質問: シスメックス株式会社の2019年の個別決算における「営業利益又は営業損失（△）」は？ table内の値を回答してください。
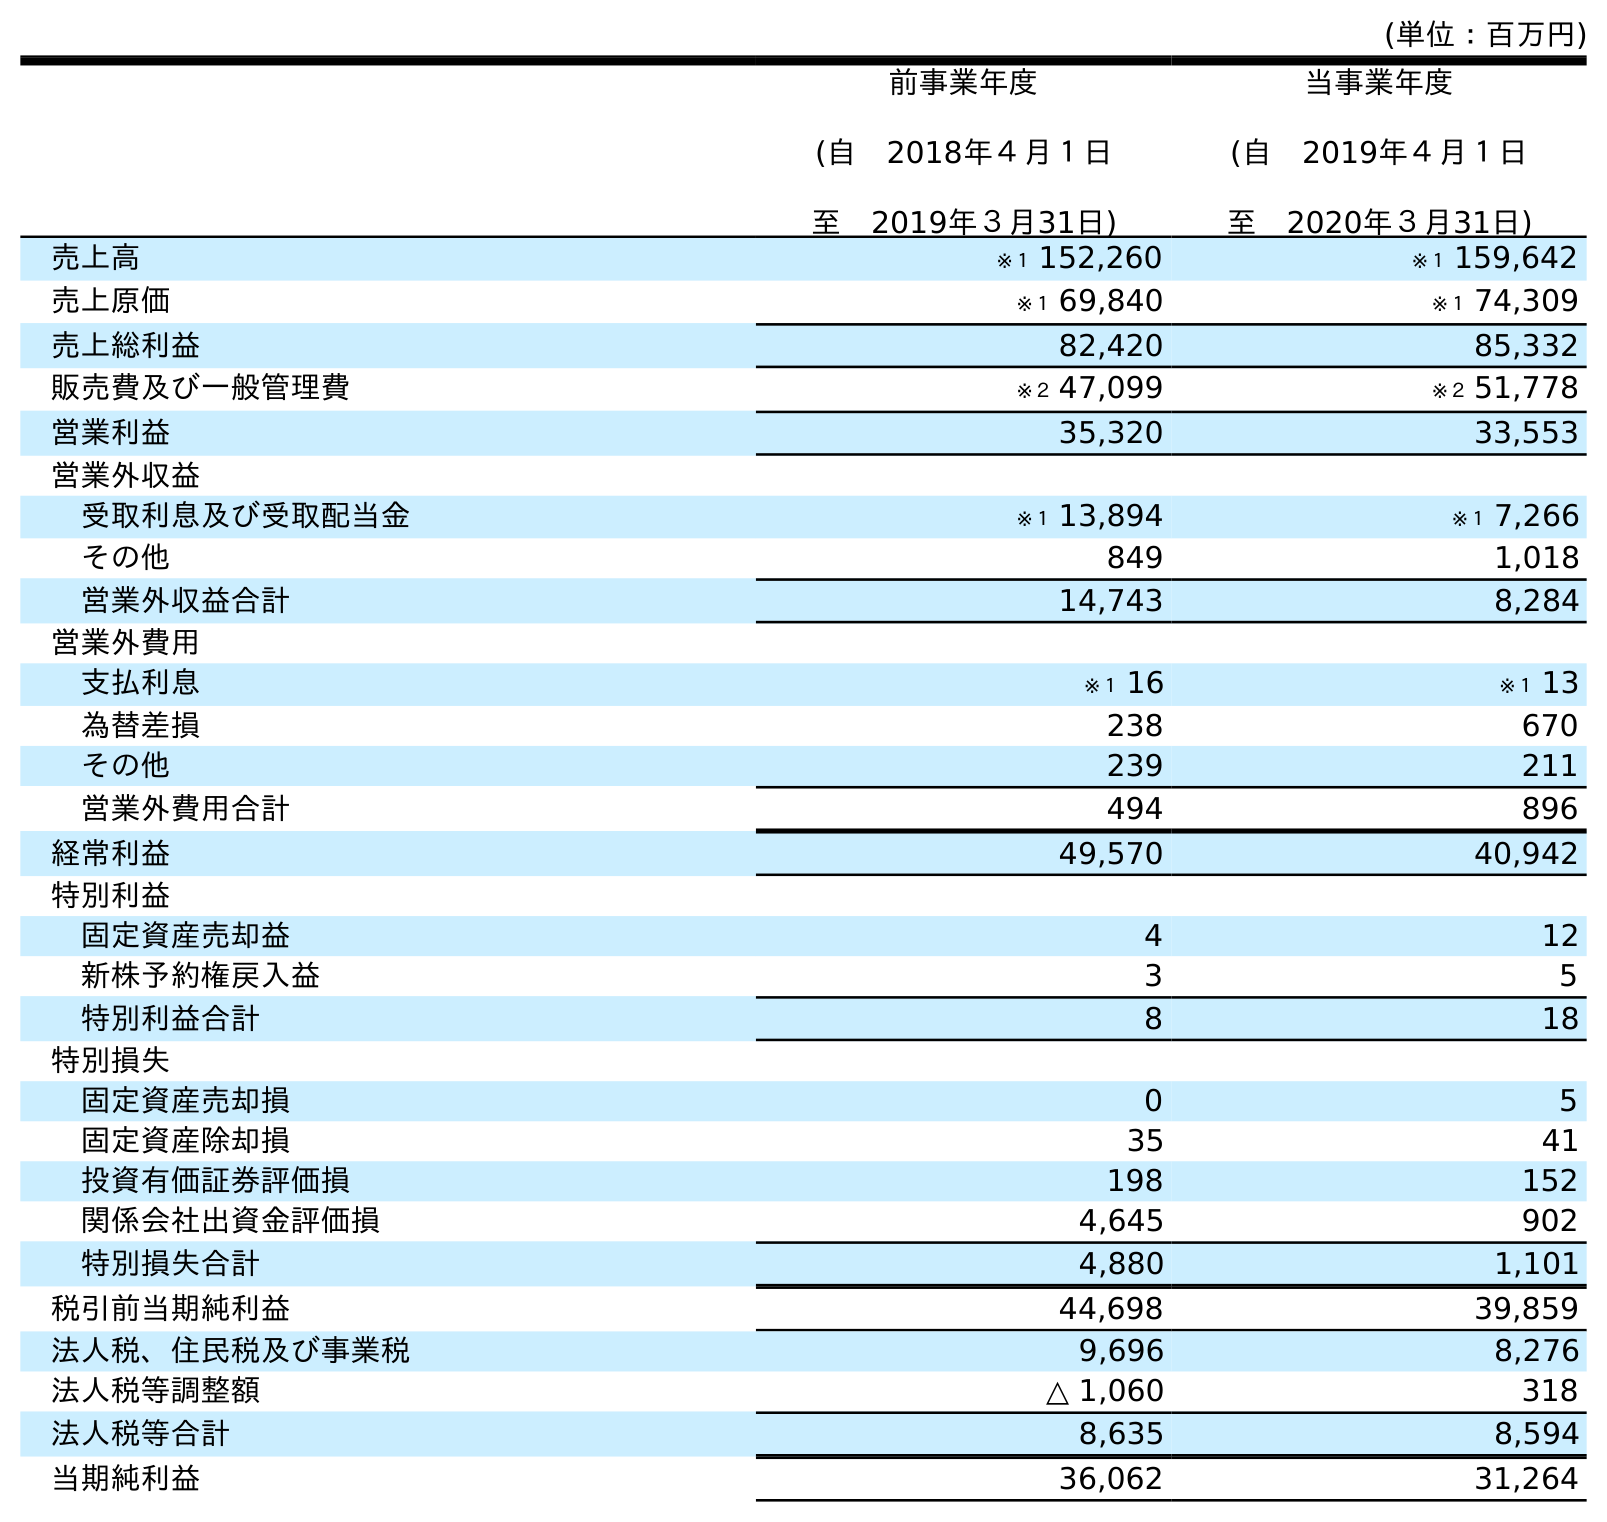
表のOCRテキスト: (単位：百万円) 前事業年度 (自 2018年４月１日 至 2019年３月31日) 当事業年度 (自 2019年４月１日 至 2020年３月31日) 売上高 ※１ 152,260 ※１ 159,642 売上原価 ※１ 69,840 ※１ 74,309 売上総利益 82,420 85,332 販売費及び一般管理費 ※２ 47,099 ※２ 51,778 営業利益 35,320 33,553 営業外収益 受取利息及び受取配当金 ※１ 13,894 ※１ 7,266 その他 849 1,018 営業外収益合計 14,743 8,284 営業外費用 支払利息 ※１ 16 ※１ 13 為替差損 238 670 その他 239 211 営業外費用合計 494 896 経常利益 49,570 40,942 特別利益 固定資産売却益 4 12 新株予約権戻入益 3 5 特別利益合計 8 18 特別損失 固定資産売却損 0 5 固定資産除却損 35 41 投資有価証券評価損 198 152 関係会社出資金評価損 4,645 902 特別損失合計 4,880 1,101 税引前当期純利益 44,698 39,859 法人税、住民税及び事業税 9,696 8,276 法人税等調整額 △ 1,060 318 法人税等合計 8,635 8,594 当期純利益 36,062 31,264
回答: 35,320